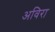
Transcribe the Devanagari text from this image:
अविरा